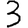
Digit: 3